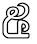
៥